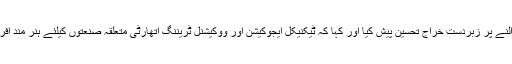
انہوں نے فیصل آباد کے صنعتکاروں کو ملکی برآمدات میں بھر پور حصہ ڈالنے پر زبردست خراج تحسین پیش کیا اور کہا کہ ٹیکنیکل ایجوکیشن اور ووکیشنل ٹریننگ اتھارٹی متعلقہ صنعتوں کیلئے ہنر مند افرادی قوت کی صلاحیتوں میں بتدریج اضافہ کیلئے بھی راہ ہموار کر رہی ہے۔